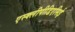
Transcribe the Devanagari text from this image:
एस्क्लीपीडिएसिई